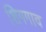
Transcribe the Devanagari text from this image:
शिगगाव